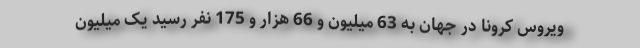
ویروس کرونا در جهان به 63 میلیون و 66 هزار و 175 نفر رسید یک میلیون